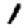
Digit: 1